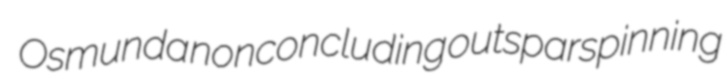
Osmunda nonconcluding outsparspinning